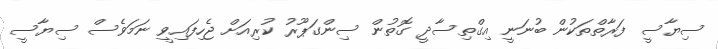
ސިޔާސީ ފަރާތްތަކުން ބުނަނީ އިގްތިސާދީ ގޮތުން ސިންގަޕޫރު ކުރިއަށް ޖެހިފައިވީ ނަމަވެސް ސިޔާސީ